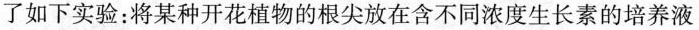
了如下实验：将某种开花植物的根尖放在含不同浓度生长素的培养液